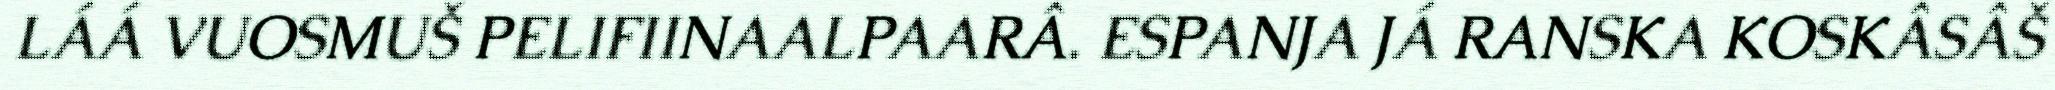
LÁÁ VUOSMUŠ PELIFIINAALPAARÂ. ESPANJA JÁ RANSKA KOSKÂSÂŠ